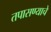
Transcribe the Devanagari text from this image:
तपासण्याचे